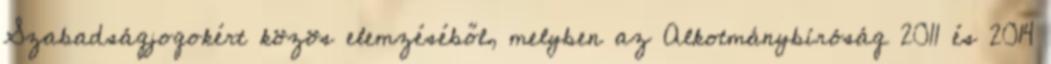
Szabadságjogokért közös elemzéséből, melyben az Alkotmánybíróság 2011 és 2014